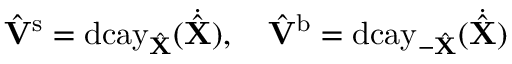
\hat { \mathbf { V } } { ^ { \mathrm { s } } } = \mathrm { d c a y } _ { \hat { \mathbf { X } } } ( \dot { \hat { \mathbf { X } } } ) , \ \ \ \hat { \mathbf { V } } { ^ { \mathrm { b } } } = \mathrm { d c a y } _ { - \hat { \mathbf { X } } } ( \dot { \hat { \mathbf { X } } } )